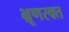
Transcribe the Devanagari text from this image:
भ्रूणरक्त